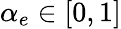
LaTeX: \alpha_{e}\in[0,1]